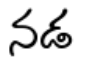
నడ